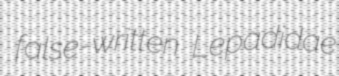
false-written Lepadidae